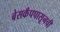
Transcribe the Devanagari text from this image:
बेसकँपपासूनची